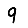
Digit: 9